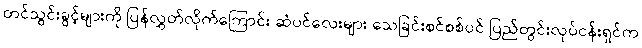
တင်သွင်းခွင့်များကို ပြန်လွှတ်လိုက်ကြောင်း ဆံပင်လေးများ သေခြင်းစင်စစ်ပင် ပြည်တွင်းလုပ်ငန်းရှင်က